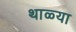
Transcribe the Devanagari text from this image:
थाळ्या